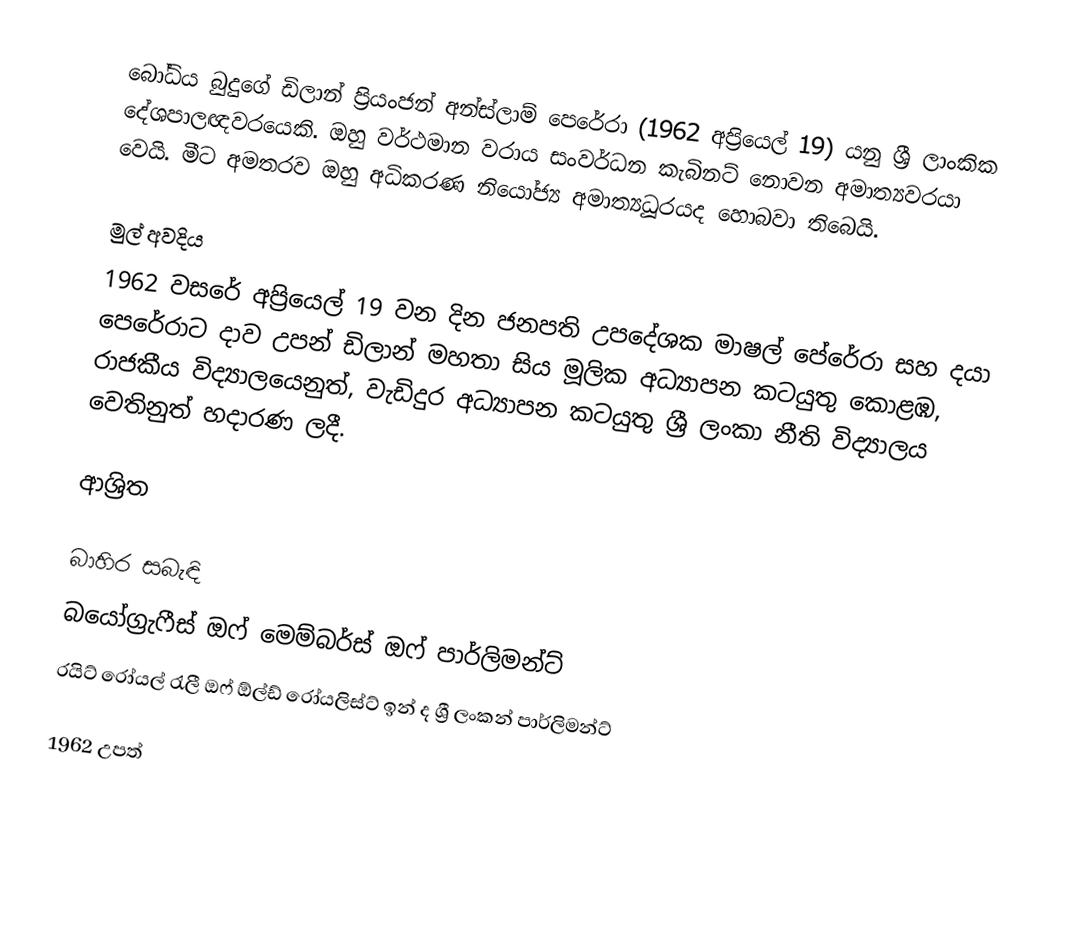
බෝධිය බුදුගේ ඩිලාන් ප්‍රියංජන් අන්ස්ලාම් පෙරේරා (1962 අප්‍රියෙල් 19) යනු ශ්‍රී ලාංකික දේශපාලඥවරයෙකි. ඔහු වර්ථමාන වරාය සංවර්ධන කැබිනට් නොවන අමාත්‍යවරයා වෙයි. මීට අමතරව ඔහු අධිකරණ නියෝජ්‍ය අමාත්‍යධූරයද හොබවා තිබෙයි.

මුල් අවදිය
1962 වසරේ අප්‍රියෙල් 19 වන දින ජනපති උපදේශක මාෂල් පේරේරා සහ දයා පෙරේරාට දාව උපන් ඩිලාන් මහතා සිය මූලික අධ්‍යාපන කටයුතු කොළඹ, රාජකීය විද්‍යාලයෙනුත්, වැඩිදුර අධ්‍යාපන කටයුතු ශ්‍රී ලංකා නීති විද්‍යාලය වෙතිනුත් හදාරණ ලදී.

ආශ්‍රිත

බාහිර සබැඳි
බයෝග්‍රැෆීස් ඔෆ් මෙම්බර්ස් ඔෆ් පාර්ලිමන්ට්
රයිට් රෝයල් රැලී ඔෆ් ඕල්ඩ් රෝයලිස්ට් ඉන් ද ශ්‍රී ලංකන් පාර්ලිමන්ට්

1962 උපත්